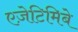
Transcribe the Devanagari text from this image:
एज़ेटिमिबे